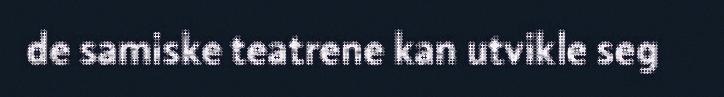
de samiske teatrene kan utvikle seg